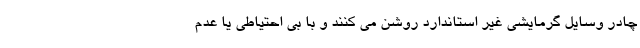
چادر وسایل گرمایشی غیر استاندارد روشن می کنند و با بی احتیاطی یا عدم